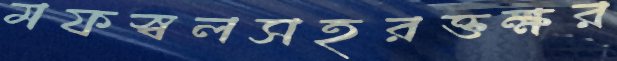
মফস্বলসহরক্তক্ষর